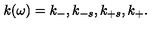
k ( \omega ) = k _ { - } , k _ { - s } , k _ { + s } , k _ { + } .